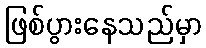
ဖြစ်ပွားနေသည်မှာ